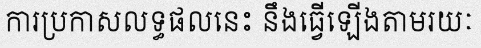
ការប្រកាសលទ្ធផលនេះ នឹងធ្វើឡើងតាមរយៈ